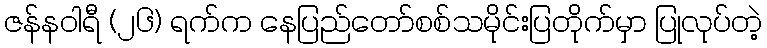
ဇန်နဝါရီ (၂၆) ရက်က နေပြည်တော်စစ်သမိုင်းပြတိုက်မှာ ပြုလုပ်တဲ့